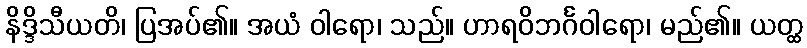
နိဒ္ဒိသီယတိ၊ ပြအပ်၏။ အယံ ဝါရော၊ သည်။ ဟာရဝိဘင်္ဂဝါရော၊ မည်၏။ ယတ္ထ